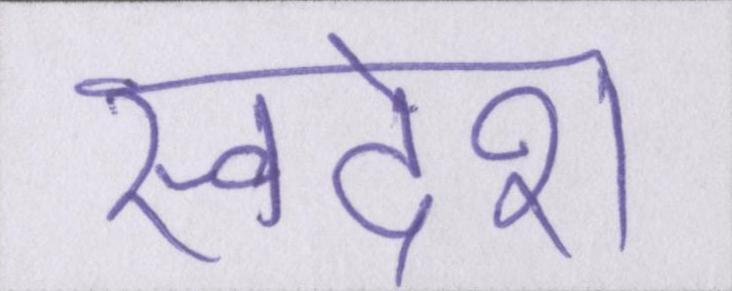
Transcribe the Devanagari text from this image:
स्वदेश